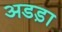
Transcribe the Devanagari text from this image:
अडड़ा